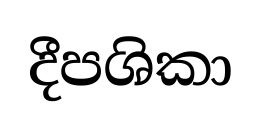
දීපශිකා